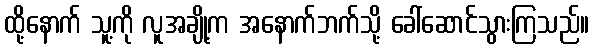
ထို့နောက် သူ့ကို လူအချို့က အနောက်ဘက်သို့ ခေါ်ဆောင်သွားကြသည်။